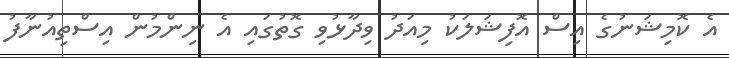
އެ ކޮމިޝަނުގެ އިސް އޮފިޝަލަކު މިއަދު ވިދާޅުވި ގޮތުގައި އެ ނިންމުން އިސްތިއުނާފު